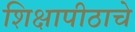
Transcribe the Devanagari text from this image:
शिक्षापीठाचे